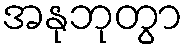
အနုဘုတွာ